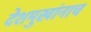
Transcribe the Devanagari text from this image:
देशमुखांनाच